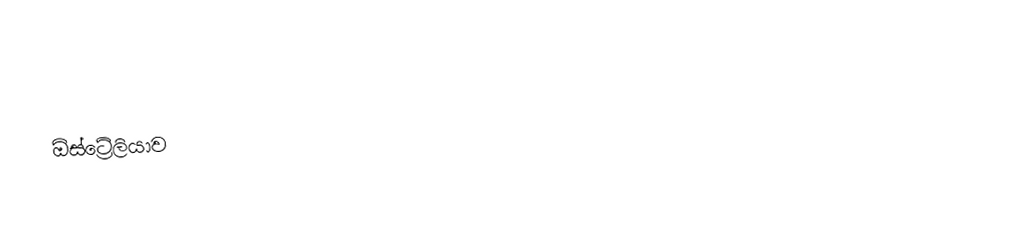
ඕස්ට්‍රේලියාව